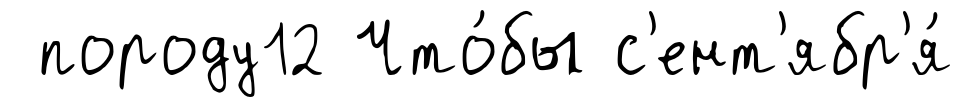
породу12 Что́бы с'ент'ябр'я́